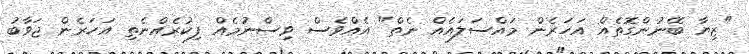
"ޒިޔާ ބޭނުންގޮތެއް އަހަރެން މައްސަލައެއް ނެތް" އެއްވެސް ވިސްނުމެއް ފިކުރެއްނެތި އަހަރެން ޖަވާބު